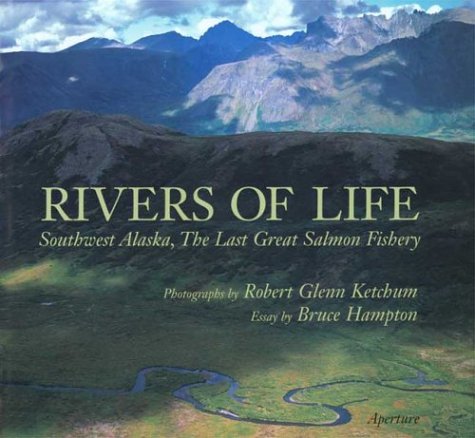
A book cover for Rivers of Life: Southwest Alaska, the Last Great Salmon Fishery; Robert Glenn Ketchum; Travel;